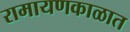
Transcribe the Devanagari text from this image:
रामायणकाळात